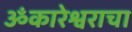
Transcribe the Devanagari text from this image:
ॐकारेश्वराचा